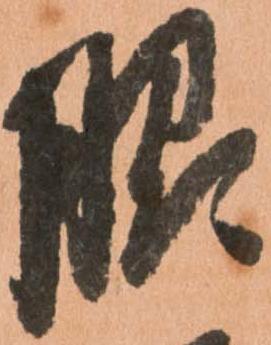
脇